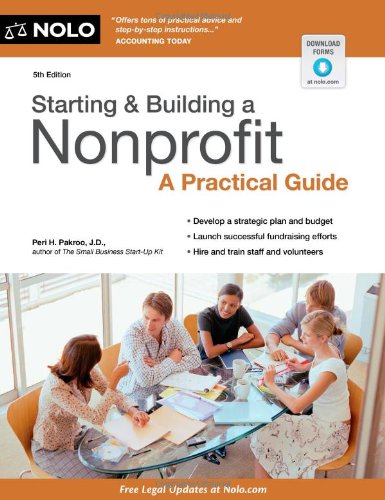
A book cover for Starting & Building a Nonprofit: A Practical Guide; Peri Pakroo; Law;